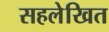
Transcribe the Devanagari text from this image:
सहलेखित